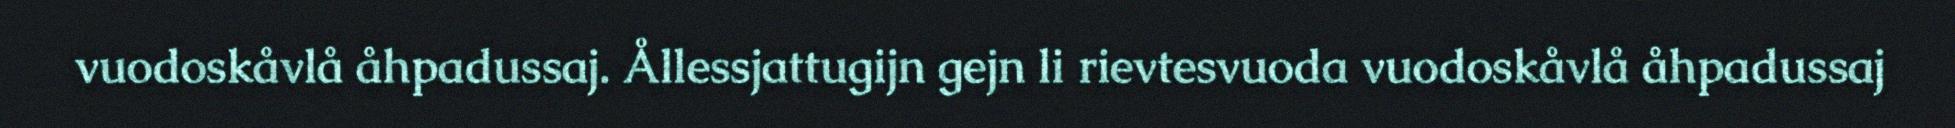
vuodoskåvlå åhpadussaj. Ållessjattugijn gejn li rievtesvuoda vuodoskåvlå åhpadussaj